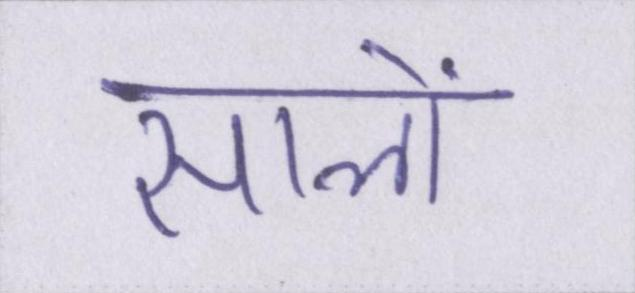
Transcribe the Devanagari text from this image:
सालों